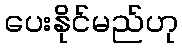
ပေးနိုင်မည်ဟု